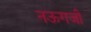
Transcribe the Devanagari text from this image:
नऊगजी